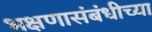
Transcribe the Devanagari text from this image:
भक्षणासंबंधीच्या